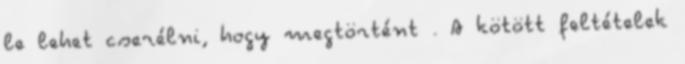
le lehet cserélni, hogy megtörtént . A kötött feltételek